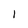
Character: 1